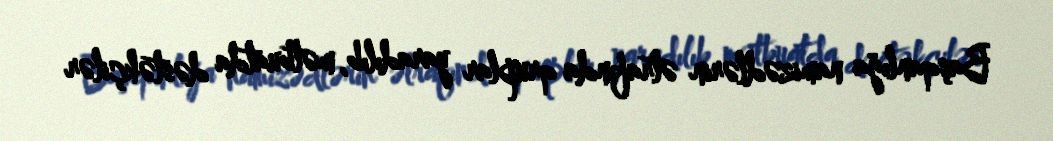
Başqanlığa namizədlərin ətrafında qruplar yaradılıb, mətbuatda dəstəkçilər